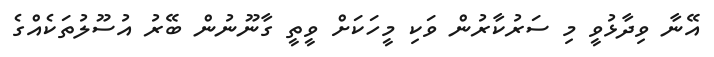
އޭނާ ވިދާޅުވީ މި ސަރުކާރުން ވަކި މީހަކަށް ވީތީ ގާނޫނުން ބޭރު އުސޫލުތަކެއްގެ